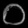
Digit: ၀